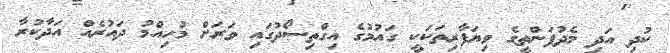
ކުދި އަދި މެދުފަންތީގެ ވިޔަފާރިތަކަކީ ގައުމުގެ އިގްތިސޯދުގައި ވަރަށް މުހިއްމު ދައުރެއް އަދާކުރާ